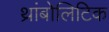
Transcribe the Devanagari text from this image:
थ्रांबोलिटिक